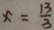
x = \frac { 1 3 } { 3 }